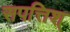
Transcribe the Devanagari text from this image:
सपत्तिश्